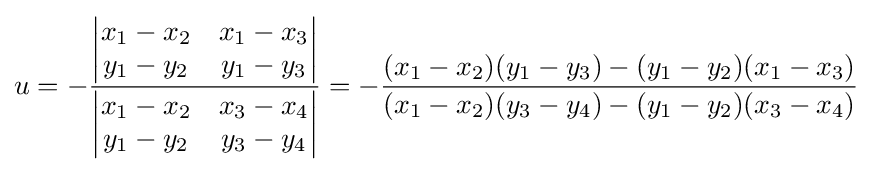
u=-{\frac {\begin{vmatrix}x_{1}-x_{2}&x_{1}-x_{3}\\y_{1}-y_{2}&y_{1}-y_{3}\end{vmatrix}}{\begin{vmatrix}x_{1}-x_{2}&x_{3}-x_{4}\\y_{1}-y_{2}&y_{3}-y_{4}\end{vmatrix}}}=-{\frac {(x_{1}-x_{2})(y_{1}-y_{3})-(y_{1}-y_{2})(x_{1}-x_{3})}{(x_{1}-x_{2})(y_{3}-y_{4})-(y_{1}-y_{2})(x_{3}-x_{4})}}